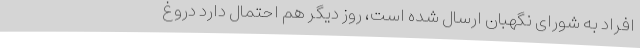
افراد به شورای نگهبان ارسال شده است، روز دیگر هم احتمال دارد دروغ